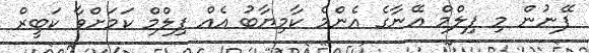
ފޭނުން މި ފިލްމް އޭނާގެ އެންމެ ކާމިޔާބު އެއް ފިލްމް ކަމަށްވާ ކަބީރް